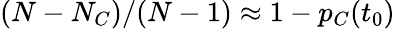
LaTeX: (N-N_{C})/(N-1)\approx 1-p_{C}(t_{0})